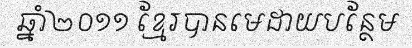
ឆ្នាំ២០១១ ខ្មែរបានមេដាយបន្ថែម